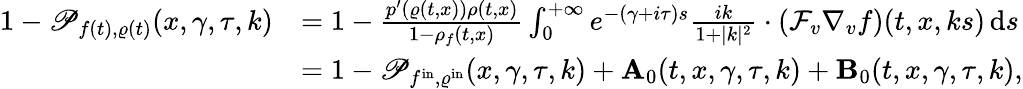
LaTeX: \begin{array}{rl}{1-\mathscr{P}_{f(t),\varrho(t)}(x,\gamma,\tau,k)}&{=1-\frac{p^{\prime}(\varrho(t,x))\rho(t,x)}{1-\rho_{f}(t,x)}\int_{0}^{+\infty}e^{-(\gamma+i\tau)s}\frac{ik}{1+\vert k\vert^{2}}\cdot\left(\mathcal{F}_{v}\nabla_{v}f\right)(t,x,ks)\, \mathrm{d}s}\\ &{=1-\mathscr{P}_{f^{\mathrm{in}},\varrho^{\mathrm{in}}}(x,\gamma,\tau,k)+\mathbf{A}_{0}(t,x,\gamma,\tau,k)+\mathbf{B}_{0}(t,x,\gamma,\tau,k),}\end{array}